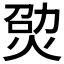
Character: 𤉎